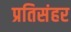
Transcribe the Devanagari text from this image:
प्रतिसंहर